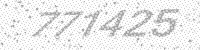
Solution: 771425